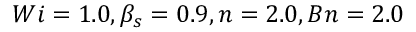
W i = 1 . 0 , \beta _ { s } = 0 . 9 , n = 2 . 0 , B n = 2 . 0